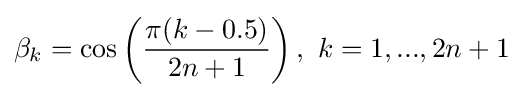
\beta _{k}=\cos \left({\frac {\pi (k-0.5)}{2n+1}}\right),\ k=1,...,2n+1\,\!